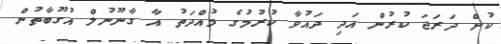
ކުށް ދަރަޖަ ކުރުން އަދި ދައުވާ ކުރުމުގެ މުއްދަތު އާ ގާނޫނުލް އުގޫބާތުން